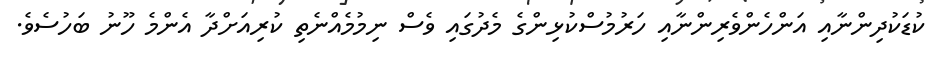
ކުޑަކުދިންނާއި އަންހެންވެރިންނާއި ހަރުމުސްކުޅިންގެ މެދުގައި ވެސް ނިމުމެއްނެތި ކުރިއަށްދާ އެންމެ ހޫނު ބަހުސެވެ.